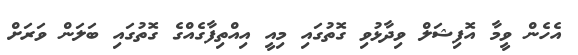
އެހެން ވީމާ އޮފިޝަލް ވިދާޅުވި ގޮތުގައި މިއީ އިއްތިފާގެއްގެ ގޮތުގައި ބަލަން ވަރަށް